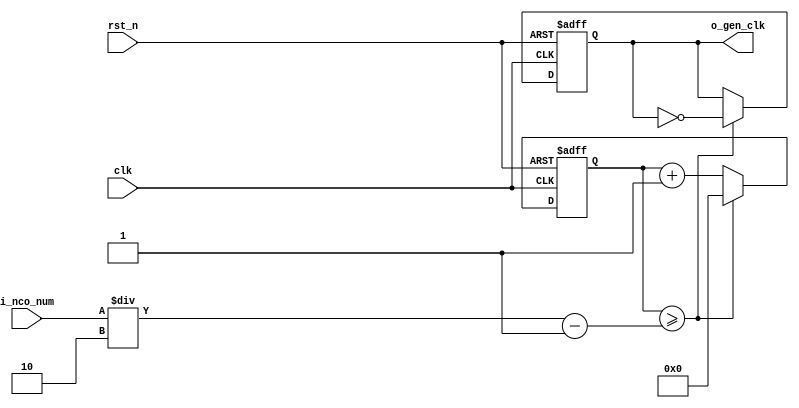
//	==================================================

//	Copyright (c) 2019 Sookmyung Women's University.

//	--------------------------------------------------


//	DEPARTMENT		: EE



//	--------------------------------------------------

//	RELEASE HISTORY

//	--------------------------------------------------

//	VERSION			DATE

//	0.0			2019-11-18

//	--------------------------------------------------

//	PURPOSE			: Digital Clock

//	==================================================



//	--------------------------------------------------

//	Numerical Controlled Oscillator

//	Hz of o_gen_clk = Clock Hz / num

//	--------------------------------------------------

module	nco(	

		o_gen_clk,

		i_nco_num,

		clk,

		rst_n);



output		o_gen_clk	;	// 1Hz CLK



input	[31:0]	i_nco_num	;

input		clk		;	// 50Mhz CLK

input		rst_n		;



reg	[31:0]	cnt		;

reg		o_gen_clk	;



always @(posedge clk or negedge rst_n) begin

	if(rst_n == 1'b0) begin

		cnt		<= 32'd0;

		o_gen_clk	<= 1'd0	;

	end else begin

		if(cnt >= i_nco_num/2-1) begin

			cnt 	<= 32'd0;

			o_gen_clk	<= ~o_gen_clk;

		end else begin

			cnt <= cnt + 1'b1;

		end

	end

end



endmodule



//	--------------------------------------------------

//	Flexible Numerical Display Decoder

//	--------------------------------------------------

module	fnd_dec(

		o_seg,

		i_num);



output	[6:0]	o_seg		;	// {o_seg_a, o_seg_b, ... , o_seg_g}



input	[3:0]	i_num		;

reg	[6:0]	o_seg		;

//making

always @(i_num) begin 

 	case(i_num) 

 		4'd0:	o_seg = 7'b111_1110; 

 		4'd1:	o_seg = 7'b011_0000; 

 		4'd2:	o_seg = 7'b110_1101; 

 		4'd3:	o_seg = 7'b111_1001; 

 		4'd4:	o_seg = 7'b011_0011; 

 		4'd5:	o_seg = 7'b101_1011; 

 		4'd6:	o_seg = 7'b101_1111; 

 		4'd7:	o_seg = 7'b111_0000; 

 		4'd8:	o_seg = 7'b111_1111; 

 		4'd9:	o_seg = 7'b111_0011; 

		default:o_seg = 7'b000_0000; 

	endcase 

end





endmodule



//	--------------------------------------------------

//	0~59 --> 2 Separated Segments

//	--------------------------------------------------

module	double_fig_sep(

		o_left,

		o_right,

		i_double_fig);



output	[3:0]	o_left		;

output	[3:0]	o_right		;



input	[5:0]	i_double_fig	;



assign		o_left	= i_double_fig / 10	;

assign		o_right	= i_double_fig % 10	;



endmodule



//	--------------------------------------------------

//	0~59 --> 2 Separated Segments

//	--------------------------------------------------

module	led_disp(

		o_seg,

		o_seg_dp,

		o_seg_enb,

		i_six_digit_seg,

		i_six_dp,

		clk,

		rst_n);



output	[5:0]	o_seg_enb		;

output		o_seg_dp		;

output	[6:0]	o_seg			;



input	[41:0]	i_six_digit_seg		;

input	[5:0]	i_six_dp		;

input		clk			;

input		rst_n			;



wire		gen_clk		;



nco		u_nco(

		.o_gen_clk	( gen_clk	),

		.i_nco_num	( 32'd5000	),

		.clk		( clk		),

		.rst_n		( rst_n		));





reg	[3:0]	cnt_common_node	;



always @(posedge gen_clk or negedge rst_n) begin

	if(rst_n == 1'b0) begin

		cnt_common_node <= 4'd0;

	end else begin

		if(cnt_common_node >= 4'd5) begin

			cnt_common_node <= 4'd0;

		end else begin

			cnt_common_node <= cnt_common_node + 1'b1;

		end

	end

end



reg	[5:0]	o_seg_enb		;



always @(cnt_common_node) begin

	case (cnt_common_node)

		4'd0:	o_seg_enb = 6'b111110;

		4'd1:	o_seg_enb = 6'b111101;

		4'd2:	o_seg_enb = 6'b111011;

		4'd3:	o_seg_enb = 6'b110111;

		4'd4:	o_seg_enb = 6'b101111;

		4'd5:	o_seg_enb = 6'b011111;

		default:o_seg_enb = 6'b111111;

	endcase

end



reg		o_seg_dp		;



always @(cnt_common_node) begin

	case (cnt_common_node)

		4'd0:	o_seg_dp = i_six_dp[0];

		4'd1:	o_seg_dp = i_six_dp[1];

		4'd2:	o_seg_dp = i_six_dp[2];

		4'd3:	o_seg_dp = i_six_dp[3];

		4'd4:	o_seg_dp = i_six_dp[4];

		4'd5:	o_seg_dp = i_six_dp[5];

		default:o_seg_dp = 1'b0;

	endcase

end



reg	[6:0]	o_seg			;



always @(cnt_common_node) begin

	case (cnt_common_node)

		4'd0:	o_seg = i_six_digit_seg[6:0];

		4'd1:	o_seg = i_six_digit_seg[13:7];

		4'd2:	o_seg = i_six_digit_seg[20:14];

		4'd3:	o_seg = i_six_digit_seg[27:21];

		4'd4:	o_seg = i_six_digit_seg[34:28];

		4'd5:	o_seg = i_six_digit_seg[41:35];

		default:o_seg = 7'b111_1110; // 0 display

	endcase

end



endmodule



//	--------------------------------------------------

//	HMS(Hour:Min:Sec) Counter

//	--------------------------------------------------

module	hms_cnt(

		o_hms_cnt,

		o_max_hit,

		i_max_cnt,

		clk,

		rst_n);



output	[5:0]	o_hms_cnt		;

output		o_max_hit		;



input	[5:0]	i_max_cnt		;

input		clk			;

input		rst_n			;



reg	[5:0]	o_hms_cnt		;

reg		o_max_hit		;

always @(posedge clk or negedge rst_n) begin

	if(rst_n == 1'b0) begin

		o_hms_cnt <= 6'd0;

		o_max_hit <= 1'b0;

	end else begin

		if(o_hms_cnt >= i_max_cnt) begin

			o_hms_cnt <= 6'd0;

			o_max_hit <= 1'b1;

		end else begin

			o_hms_cnt <= o_hms_cnt + 1'b1;

			o_max_hit <= 1'b0;

		end

	end

end



endmodule



module  debounce(

		o_sw,

		i_sw,

		clk);

output		o_sw			;



input		i_sw			;

input		clk			;



reg		dly1_sw			;

always @(posedge clk) begin

	dly1_sw <= i_sw;

end



reg		dly2_sw			;

always @(posedge clk) begin

	dly2_sw <= dly1_sw;

end



assign		o_sw = dly1_sw | ~dly2_sw;



endmodule



//	--------------------------------------------------

//	Clock Controller

//	--------------------------------------------------

module	controller(

		o_mode,

		o_position,

		o_alarm_en,

		o_sec_clk,

		o_min_clk,

		o_alarm_sec_clk,

		o_alarm_min_clk,

		i_max_hit_sec,

		i_max_hit_min,

		i_sw0,

		i_sw1,

		i_sw2,

		i_sw3,

		clk,

		rst_n);



output	[1:0]	o_mode			;

output		o_position		;

output		o_alarm_en		;

output		o_sec_clk		;

output		o_min_clk		;

output		o_alarm_sec_clk		;

output		o_alarm_min_clk		;



input		i_max_hit_sec		;

input		i_max_hit_min		;



input		i_sw0			;

input		i_sw1			;

input		i_sw2			;

input		i_sw3			;



input		clk			;

input		rst_n			;



parameter	MODE_CLOCK	= 2'b00	;

parameter	MODE_SETUP	= 2'b01	;

parameter	MODE_ALARM	= 2'b10	;

parameter	POS_SEC		= 1'b0	;

parameter	POS_MIN		= 1'b1	;



wire		clk_100hz		;

nco		u0_nco(

		.o_gen_clk	( clk_100hz	),

		.i_nco_num	( 32'd500000	),

		.clk		( clk		),

		.rst_n		( rst_n		));



wire		sw0			;

debounce	u0_debounce(

		.o_sw		( sw0		),

		.i_sw		( i_sw0		),

		.clk		( clk_100hz	));



wire		sw1			;

debounce	u1_debounce(

		.o_sw		( sw1		),

		.i_sw		( i_sw1		),

		.clk		( clk_100hz	));



wire		sw2			;

debounce	u2_debounce(

		.o_sw		( sw2		),

		.i_sw		( i_sw2		),

		.clk		( clk_100hz	));



wire		sw3			;

debounce	u3_debounce(

		.o_sw		( sw3		),

		.i_sw		( i_sw3		),

		.clk		( clk_100hz	));



reg	[1:0]	o_mode			;

always @(posedge sw0 or negedge rst_n) begin

	if(rst_n == 1'b0) begin

		o_mode <= MODE_CLOCK;

	end else begin

		if(o_mode >= MODE_ALARM) begin

			o_mode <= MODE_CLOCK;

		end else begin

			o_mode <= o_mode + 1'b1;

		end

	end

end



reg		o_position		;

always @(posedge sw1 or negedge rst_n) begin

	if(rst_n == 1'b0) begin

		o_position <= POS_SEC;

	end else begin

		o_position <= o_position + 1'b1;

	end

end



reg		o_alarm_en		;

always @(posedge sw3 or negedge rst_n) begin

	if(rst_n == 1'b0) begin

		o_alarm_en <= 1'b0;

	end else begin

		o_alarm_en <= o_alarm_en + 1'b1;

	end

end



wire		clk_1hz			;

nco		u1_nco(

		.o_gen_clk	( clk_1hz	),

		.i_nco_num	( 32'd50000000	),

		.clk		( clk		),

		.rst_n		( rst_n		));



reg		o_sec_clk		;

reg		o_min_clk		;

reg		o_alarm_sec_clk		;

reg		o_alarm_min_clk		;

always @(*) begin

	case(o_mode)

		MODE_CLOCK : begin

			o_sec_clk = clk_1hz;

			o_min_clk = i_max_hit_sec;

			o_alarm_sec_clk = 1'b0;

			o_alarm_min_clk = 1'b0;

		end

		MODE_SETUP : begin

			case(o_position)

				POS_SEC : begin

					o_sec_clk = ~sw2;

					o_min_clk = 1'b0;

					o_alarm_sec_clk = 1'b0;

					o_alarm_min_clk = 1'b0;

				end

				POS_MIN : begin

					o_sec_clk = 1'b0;

					o_min_clk = ~sw2;

					o_alarm_sec_clk = 1'b0;

					o_alarm_min_clk = 1'b0;

				end

			endcase

		end

		MODE_ALARM : begin

			case(o_position)

				POS_SEC : begin

					o_sec_clk = clk_1hz;

					o_min_clk = i_max_hit_sec;

					o_alarm_sec_clk = ~sw2;

					o_alarm_min_clk = 1'b0;

				end

				POS_MIN : begin

					o_sec_clk = clk_1hz;

					o_min_clk = i_max_hit_sec;

					o_alarm_sec_clk = 1'b0;

					o_alarm_min_clk = ~sw2;

				end

			endcase

		end

		default: begin

			o_sec_clk = 1'b0;

			o_min_clk = 1'b0;

			o_alarm_sec_clk = 1'b0;

			o_alarm_min_clk = 1'b0;

		end

	endcase

end



endmodule



//	--------------------------------------------------

//	HMS(Hour:Min:Sec) Counter

//	--------------------------------------------------

module	minsec(	

		o_sec,

		o_min,

		o_max_hit_sec,

		o_max_hit_min,

		o_alarm,

		i_mode,

		i_position,

		i_sec_clk,

		i_min_clk,

		i_alarm_sec_clk,

		i_alarm_min_clk,

		i_alarm_en,

		clk,

		rst_n);



output	[5:0]	o_sec		;

output	[5:0]	o_min		;

output		o_max_hit_sec	;

output		o_max_hit_min	;

output		o_alarm		;



input	[1:0]	i_mode		;

input		i_position	;

input		i_sec_clk	;

input		i_min_clk	;

input		i_alarm_sec_clk	;

input		i_alarm_min_clk	;

input		i_alarm_en	;



input		clk		;

input		rst_n		;



parameter	MODE_CLOCK	= 2'b00	;

parameter	MODE_SETUP	= 2'b01	;

parameter	MODE_ALARM	= 2'b10	;

parameter	POS_SEC		= 1'b0	;

parameter	POS_MIN		= 1'b1	;



//	MODE_CLOCK

wire	[5:0]	sec		;

wire		max_hit_sec	;

hms_cnt		u_hms_cnt_sec(

		.o_hms_cnt	( sec			),

		.o_max_hit	( o_max_hit_sec		),

		.i_max_cnt	( 6'd59			),

		.clk		( i_sec_clk		),

		.rst_n		( rst_n			));



wire	[5:0]	min		;

wire		max_hit_min	;

hms_cnt		u_hms_cnt_min(

		.o_hms_cnt	( min			),

		.o_max_hit	( o_max_hit_min		),

		.i_max_cnt	( 6'd59			),

		.clk		( i_min_clk		),

		.rst_n		( rst_n			));



wire	[5:0]	alarm_sec	;

//	MODE_ALARM

hms_cnt		u_hms_cnt_alarm_sec(

		.o_hms_cnt	( alarm_sec		),

		.o_max_hit	( 			),

		.i_max_cnt	( 6'd59			),

		.clk		( i_alarm_sec_clk	),

		.rst_n		( rst_n			));



wire	[5:0]	alarm_min	;

hms_cnt		u_hms_cnt_alarm_min(

		.o_hms_cnt	( alarm_min		),

		.o_max_hit	( 			),

		.i_max_cnt	( 6'd59			),

		.clk		( i_alarm_min_clk	),

		.rst_n		( rst_n			));



reg	[5:0]	o_sec		;

reg	[5:0]	o_min		;

always @ (*) begin

	case(i_mode)

		MODE_CLOCK: 	begin

			o_sec	= sec;

			o_min	= min;

		end

		MODE_SETUP:	begin

			o_sec	= sec;

			o_min	= min;

		end

		MODE_ALARM:	begin

			o_sec	= alarm_sec;

			o_min	= alarm_min;

		end

	endcase

end



reg		o_alarm		;

always @ (posedge clk or negedge rst_n) begin

	if (rst_n == 1'b0) begin

		o_alarm <= 1'b0;

	end else begin

		if( (sec == alarm_sec) && (min == alarm_min)) begin

			o_alarm <= 1'b1 & i_alarm_en;

		end else begin

			o_alarm <= o_alarm & i_alarm_en;

		end

	end

end



endmodule



module	buzz(

		o_buzz,

		i_buzz_en,

		clk,

		rst_n);



output		o_buzz		;



input		i_buzz_en	;

input		clk		;

input		rst_n		;



parameter	C = 191113	;

parameter	D = 170262	;

parameter	E = 151686	;

parameter	F = 143173	;

parameter	G = 63776	;

parameter	A = 56818	;

parameter	B = 50619	;



wire		clk_bit		;

nco	u_nco_bit(	

		.o_gen_clk	( clk_bit	),

		.i_nco_num	( 25000000	),

		.clk		( clk		),

		.rst_n		( rst_n		));



reg	[4:0]	cnt		;

always @ (posedge clk_bit or negedge rst_n) begin

	if(rst_n == 1'b0) begin

		cnt <= 5'd0;

	end else begin

		if(cnt >= 5'd24) begin

			cnt <= 5'd0;

		end else begin

			cnt <= cnt + 1'd1;

		end

	end

end



reg	[31:0]	nco_num		;

always @ (*) begin

	case(cnt)

		5'd00: nco_num = E	;

		5'd01: nco_num = D	;

		5'd02: nco_num = C	;

		5'd03: nco_num = D	;

		5'd04: nco_num = E	;

		5'd05: nco_num = E	;

		5'd06: nco_num = E	;

		5'd07: nco_num = D	;

		5'd08: nco_num = D	;

		5'd09: nco_num = D	;

		5'd10: nco_num = E	;

		5'd11: nco_num = E	;

		5'd12: nco_num = E	;

		5'd13: nco_num = E	;

		5'd14: nco_num = D	;

		5'd15: nco_num = C	;

		5'd16: nco_num = D	;

		5'd17: nco_num = E	;

		5'd18: nco_num = E	;

		5'd19: nco_num = E	;

		5'd20: nco_num = D	;

		5'd21: nco_num = D	;

		5'd22: nco_num = E	;

		5'd23: nco_num = D	;

		5'd24: nco_num = C	;

	endcase

end



wire		buzz		;

nco	u_nco_buzz(	

		.o_gen_clk	( buzz		),

		.i_nco_num	( nco_num	),

		.clk		( clk		),

		.rst_n		( rst_n		));



assign		o_buzz = buzz & i_buzz_en;



endmodule



module	top(

		o_seg_enb,

		o_seg_dp,

		o_seg,

		o_alarm,

		i_sw0,

		i_sw1,

		i_sw2,

		i_sw3,

		clk,

		rst_n);



output	[5:0]	o_seg_enb	;

output		o_seg_dp	;

output	[6:0]	o_seg		;

output		o_alarm		;



input		i_sw0		;

input		i_sw1		;

input		i_sw2		;

input		i_sw3		;

input		clk		;

input		rst_n		;


//controller
wire        alarm_en      ;
wire        alarm_sec_clk ;
wire        alarm_min_clk ;
wire  [1:0] mode          ;
wire        position      ;
controller  u_crtl(
                    .o_mode          (mode          ),

		                .o_position      (position      ),

		                .o_alarm_en      (alarm_en      ),        

		                .o_sec_clk       (sec_clk       ),          

		                .o_min_clk       (min_clk       ),          

		                .o_alarm_sec_clk (alarm_sec_clk ),
		                
		                .o_alarm_min_clk (alarm_min_clk ),

		                .i_max_hit_sec   (max_hit_sec   ),

		                .i_max_hit_min   (max_hit_min   ),

		                .i_sw0           (i_sw0         ),

		                .i_sw1           (i_sw1         ),

		                .i_sw2           (i_sw2         ),

		                .i_sw3           (i_sw3         ),

	                  .clk             (clk           ),

		                .rst_n           (rst_n         ));
		                


//minsec
wire    [5:0]     sec     ;
wire    [5:0]     min     ;
wire              buzz_en ;
minsec    u_minsec(
                    .o_sec           (sec           ),

		                .o_min           (min           ),

		                .o_max_hit_sec   (max_hit_sec   ), 

		                .o_max_hit_min   (max_hit_min   ),

		                .o_alarm         (buzz_en       ),

		                .i_mode          (mode          ),

		                .i_position      (position      ),

		                .i_sec_clk       (sec_clk       ),

		                .i_min_clk       (min_clk       ),

		                .i_alarm_sec_clk (alarm_sec_clk ),

		                .i_alarm_min_clk (alarm_min_clk ),

		                .i_alarm_en      (alarm_en      ),

		                .clk             (clk           ),

		                .rst_n           (rst_n         ));

//double_fig_sep: u0_dfs (sec)
wire	[3:0]	sec_left		;

wire	[3:0]	sec_right		;



double_fig_sep		u0_dfs(

				              .o_left		(sec_left	),

				              .o_right	(sec_right	),

				              .i_double_fig	(sec		));


//double_fig_sep: u1_dfs (min)
wire	[3:0]	min_left		;

wire	[3:0]	min_right		;



double_fig_sep		u1_dfs(

				                .o_left		(min_left	),

				                .o_right	(min_right	),

				                .i_double_fig	(min		));

//fnd_dec (sec)

wire	[6:0]	seg_sec_left		;

wire	[6:0]	seg_sec_right		;



fnd_dec			u0_fnd_dec(

				              .o_seg	(seg_sec_left),

				              .i_num	(sec_left));





fnd_dec			u1_fnd_decc(

				                .o_seg	(seg_sec_right),

				                .i_num	(sec_right));



//fnd_dec (min)

wire	[6:0]	seg_min_left		;

wire	[6:0]	seg_min_right		;



fnd_dec			u2_fnd_dec(

				    .o_seg	(seg_min_left),

				    .i_num	(min_left    ));





fnd_dec			u3_fnd_dec(

				    .o_seg	(seg_min_right),

				    .i_num	(min_right    ));





//led_disp



wire	[41:0]		six_digit_seg	;

assign			six_digit_seg = {7'd0, 7'd0, seg_min_left, seg_min_right, seg_sec_left, seg_sec_right};

led_disp		u_led_disp(

				    .o_seg		(o_seg		),

				    .o_seg_dp		(o_seg_dp	),

				    .o_seg_enb		(o_seg_enb	),

				    .i_six_digit_seg	(six_digit_seg	),

				    .i_six_dp		(6'd0		),

				    .clk		(clk		),

				    .rst_n		(rst_n		));


//buzz
buzz    u_buzz ( 
               
		              .o_buzz     (o_alarm ),

		              .i_buzz_en  (buzz_en ),

		              .clk        (clk    ),

		              .rst_n      (rst_n  ));

endmodule